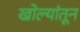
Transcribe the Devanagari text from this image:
खोल्यांतून